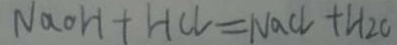
N a o H + H C l = N a C l + H _ { 2 } O